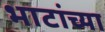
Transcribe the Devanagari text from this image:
भाटांच्या